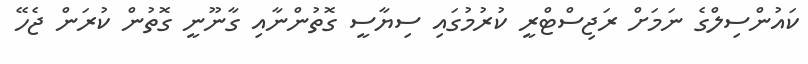
ކައުންސިލްގެ ނަމަށް ރަޖިސްޓްރީ ކުރުމުގައި ސިޔާސީ ގޮތުންނާއި ގާނޫނީ ގޮތުން ކުރަން ޖެހޭ